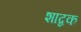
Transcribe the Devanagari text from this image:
शाब्दक